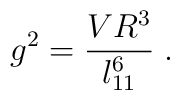
g^2 = \frac{V R^3}{l_{11}^6} \; .